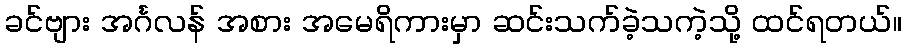
ခင်ဗျား အင်္ဂလန် အစား အမေရိကားမှာ ဆင်းသက်ခဲ့သကဲ့သို့ ထင်ရတယ်။